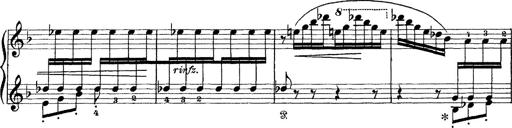
Title: Scherzo und Marsch
Composer: Franz Liszt